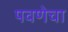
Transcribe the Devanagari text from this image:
पवणेचा